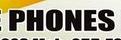
phones